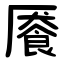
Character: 餍